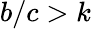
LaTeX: b/c>k